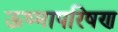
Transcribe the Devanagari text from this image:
ऊष्मापरिषण